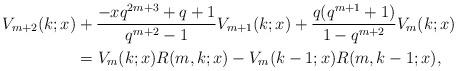
LaTeX: \begin{align*}V_{m+2}(k;x)&+\frac{-x q^{2m+3}+q+1}{q^{m+2}-1}V_{m+1}(k;x)+\frac{q(q^{m+1}+1)}{1-q^{m+2}}V_{m}(k;x)\\&=V_m(k;x)R(m,k;x)-V_m(k-1;x)R(m,k-1;x),\end{align*}